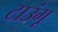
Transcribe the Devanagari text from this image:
टाउंगू